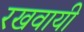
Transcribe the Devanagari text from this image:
रखवायी